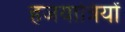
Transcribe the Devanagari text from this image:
हजयात्रियों